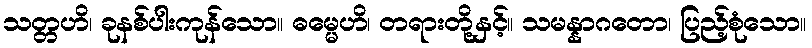
သတ္တဟိ၊ ခုနစ်ပါးကုန်သော။ ဓမ္မေဟိ၊ တရားတို့နှင့်။ သမန္နာဂတော၊ ပြည့်စုံသော။